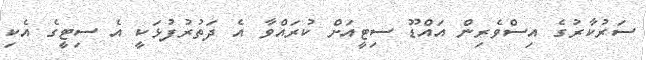
ސަރުކާރުގެ އިސްވެރިން އައްޑޫ ސިޓީއަށް ކުރައްވާ އެ ދަތުރުފުޅަކީ އެ ސިޓީގެ އެކި